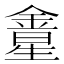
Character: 𨩛